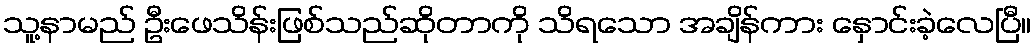
သူ့နာမည် ဦးဖေသိန်းဖြစ်သည်ဆိုတာကို သိရသော အချိန်ကား နှောင်းခဲ့လေပြီ။